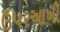
ઉપરઆખી